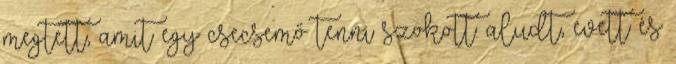
megtett, amit egy csecsemő tenni szokott: aludt, evett és